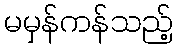
မမှန်ကန်သည့်